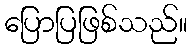
ပြောပြဖြစ်သည်။